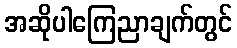
အဆိုပါကြေညာချက်တွင်